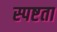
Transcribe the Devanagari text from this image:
स्‍पष्टता